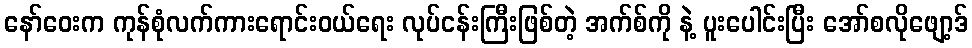
နော်ဝေးက ကုန်စုံလက်ကားရောင်းဝယ်ရေး လုပ်ငန်းကြီးဖြစ်တဲ့ အက်စ်ကို နဲ့ ပူးပေါင်းပြီး အော်စလိုဖျော့ဒ်